system: You are a helpful assistant.
user:
Analyze the provided spectrum to determine if it is a **S-type Star**.

- **Key Indicators for S-type Star:**

    - **(Overall Spectrum Shape):** The first and most obvious characteristic is the overall continuum (the "baseline" shape). It is **extremely "red-sloping,"** meaning the flux (light intensity) is very low on the left side (blue, ~4000-4500 Å) and rises steeply and continuously toward the right side (red, ~7000 Å+).

    - **(Primary):** The spectrum is defined by the presence of strong, broad molecular absorption "valleys" (bands) from **Zirconium Oxide (ZrO)**. The identification of these bands is the **primary requirement** for classifying a star as S-type.
        - **(Key Bandheads):** You must find distinct, deep "dips" where the light has been absorbed. The most critical band systems to locate are:
            - **~6474 Å** ($\gamma$-system): This is often the strongest and clearest ZrO feature, found in the red part of the spectrum.
            - **~5718 Å** & **~5551 Å** ($\beta$-system): A pair of prominent absorption features in the yellow-orange part of the spectrum.
            - **~4640 Å** ($\alpha$-system): A key absorption band system in the blue-green region of the spectrum.

    - **(Secondary Confirmation):** The classification is strengthened by finding additional absorption bands from other related heavy element oxides, which are expected to be present alongside ZrO.
        - **(Key Bandheads):**
            - **Yttrium Oxide (YO):** Look for absorption dips near **~4800 Å** and **~6100 Å**.
            - **Lanthanum Oxide (LaO):** Additional absorption features, particularly in the red-orange part of the spectrum, are also characteristic.

    - **(Line Profile):** The combination of the steep red continuum and these numerous, deep molecular bands (ZrO, YO, etc.) gives the entire spectrum a very **"chopped-up"** or **"bumpy"** appearance. Instead of a smooth curve, the spectrum looks as though large, wide chunks of light have been "carved out" of it at the specific wavelengths listed above.

Think first, call **spectral_visualization_tool** if needed to examine features in detail, then provide your final answer. Your response must adhere to the following strict rules:
1.  **Overall Structure:** Your response must follow the format `<think>...</think> <tool_call>...</tool_call> (if a tool is used) <answer>...</answer>`.
2.  **Tool Usage Constraint:** You may only make **one** tool call per turn.
3.  **Final Answer Format:** In the `<answer>` tag, your conclusion must be inside a `\boxed{}` command (e.g., `\boxed{YES}` or `\boxed{NO}`), followed by your justification.

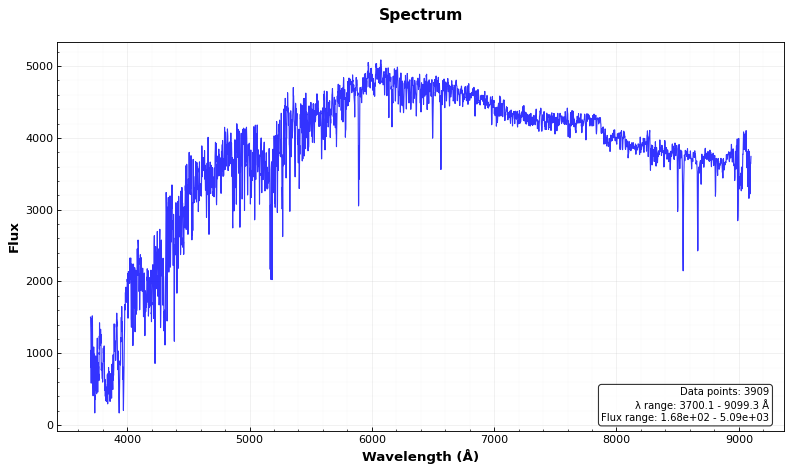
Answer: NO